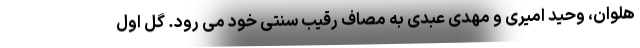
هلوان، وحید امیری و مهدی عبدی به مصاف رقیب سنتی خود می رود. گل اول